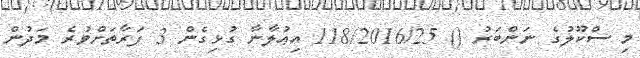
މި ސްކޫލުގެ ނަންބަރު () 118/2016/25 އިޢުލާނާ ގުޅިގެން 3 ފަރާތަށްވުރެ މަދުން